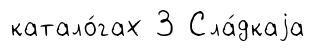
катало́гах 3 Сла́дкаjа